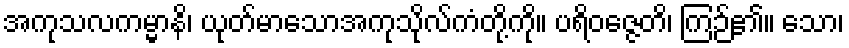
အကုသလကမ္မာနိ၊ ယုတ်မာသောအကုသိုလ်ကံတို့ကို။ ပရိဝဇ္ဇေတိ၊ ကြဉ်၏။ သော၊